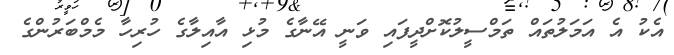
އެކު އެ އަމަލުތައް ތަމްސީލުކޮށްދީފައި ވަނީ އޭނާގެ މުޅި އާއިލާގެ ހުރިހާ މެމްބަރުންގެ